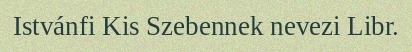
Istvánfi Kis Szebennek nevezi Libr.